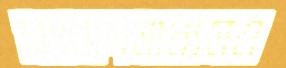
সংবাদমাধ্যমও